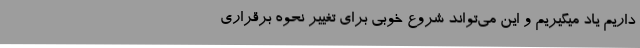
داریم یاد میگیریم و این می‌تواند شروع خوبی برای تغییر نحوه برقراری